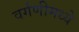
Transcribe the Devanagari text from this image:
वर्गणीमध्ये